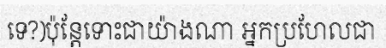
ទេ?)ប៉ុន្តែទោះជាយ៉ាងណា អ្នកប្រហែលជា